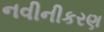
નવીનીકરણ